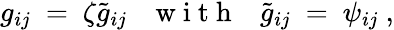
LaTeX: g_{ij}\ =\ \zeta\tilde{g}_{ij}{~~~\mathrm{~w~i~t~h~}~~~}\tilde{g}_{ij}\ =\ \psi_{ij}~,